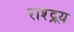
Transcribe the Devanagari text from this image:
राश्ट्र्य